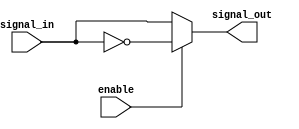
module active_low_buffer (
    input wire signal_in,
    input wire enable,
    output wire signal_out
);

assign signal_out = enable ? ~signal_in : signal_in;

endmodule